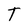
Character: T